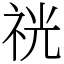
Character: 𥙑